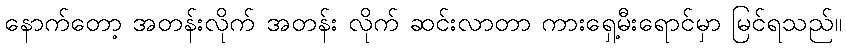
နောက်တော့ အတန်းလိုက် အတန်း လိုက် ဆင်းလာတာ ကားရှေ့မီးရောင်မှာ မြင်ရသည်။